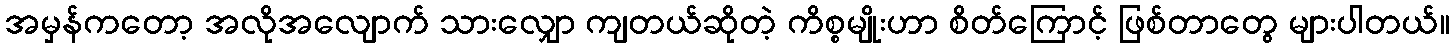
အမှန်ကတော့ အလိုအလျောက် သားလျှော ကျတယ်ဆိုတဲ့ ကိစ္စမျိုးဟာ စိတ်ကြောင့် ဖြစ်တာတွေ များပါတယ်။